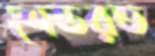
শেভরত